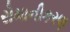
રોમાનીકરણ